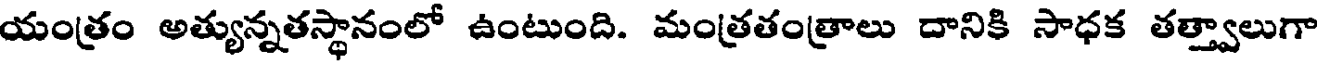
యంత్రం అత్యున్నతస్థానంలో ఉంటుంది. మంత్రతంత్రాలు దానికి సాధక తత్త్వాలుగా